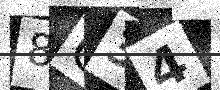
Text: 8G34